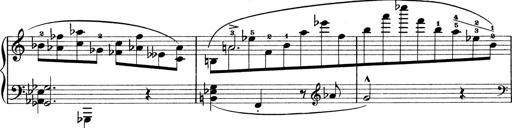
Title: Sonatina No.1
Composer: Otto Stoll
Key: C major